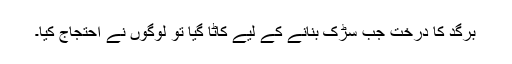
برگد کا درخت جب سڑک بنانے کے لیے کاٹا گیا تو لوگوں نے احتجاج کیا۔